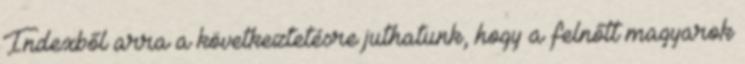
Indexből arra a következtetésre juthatunk, hogy a felnőtt magyarok